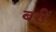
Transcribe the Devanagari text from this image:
बरीं